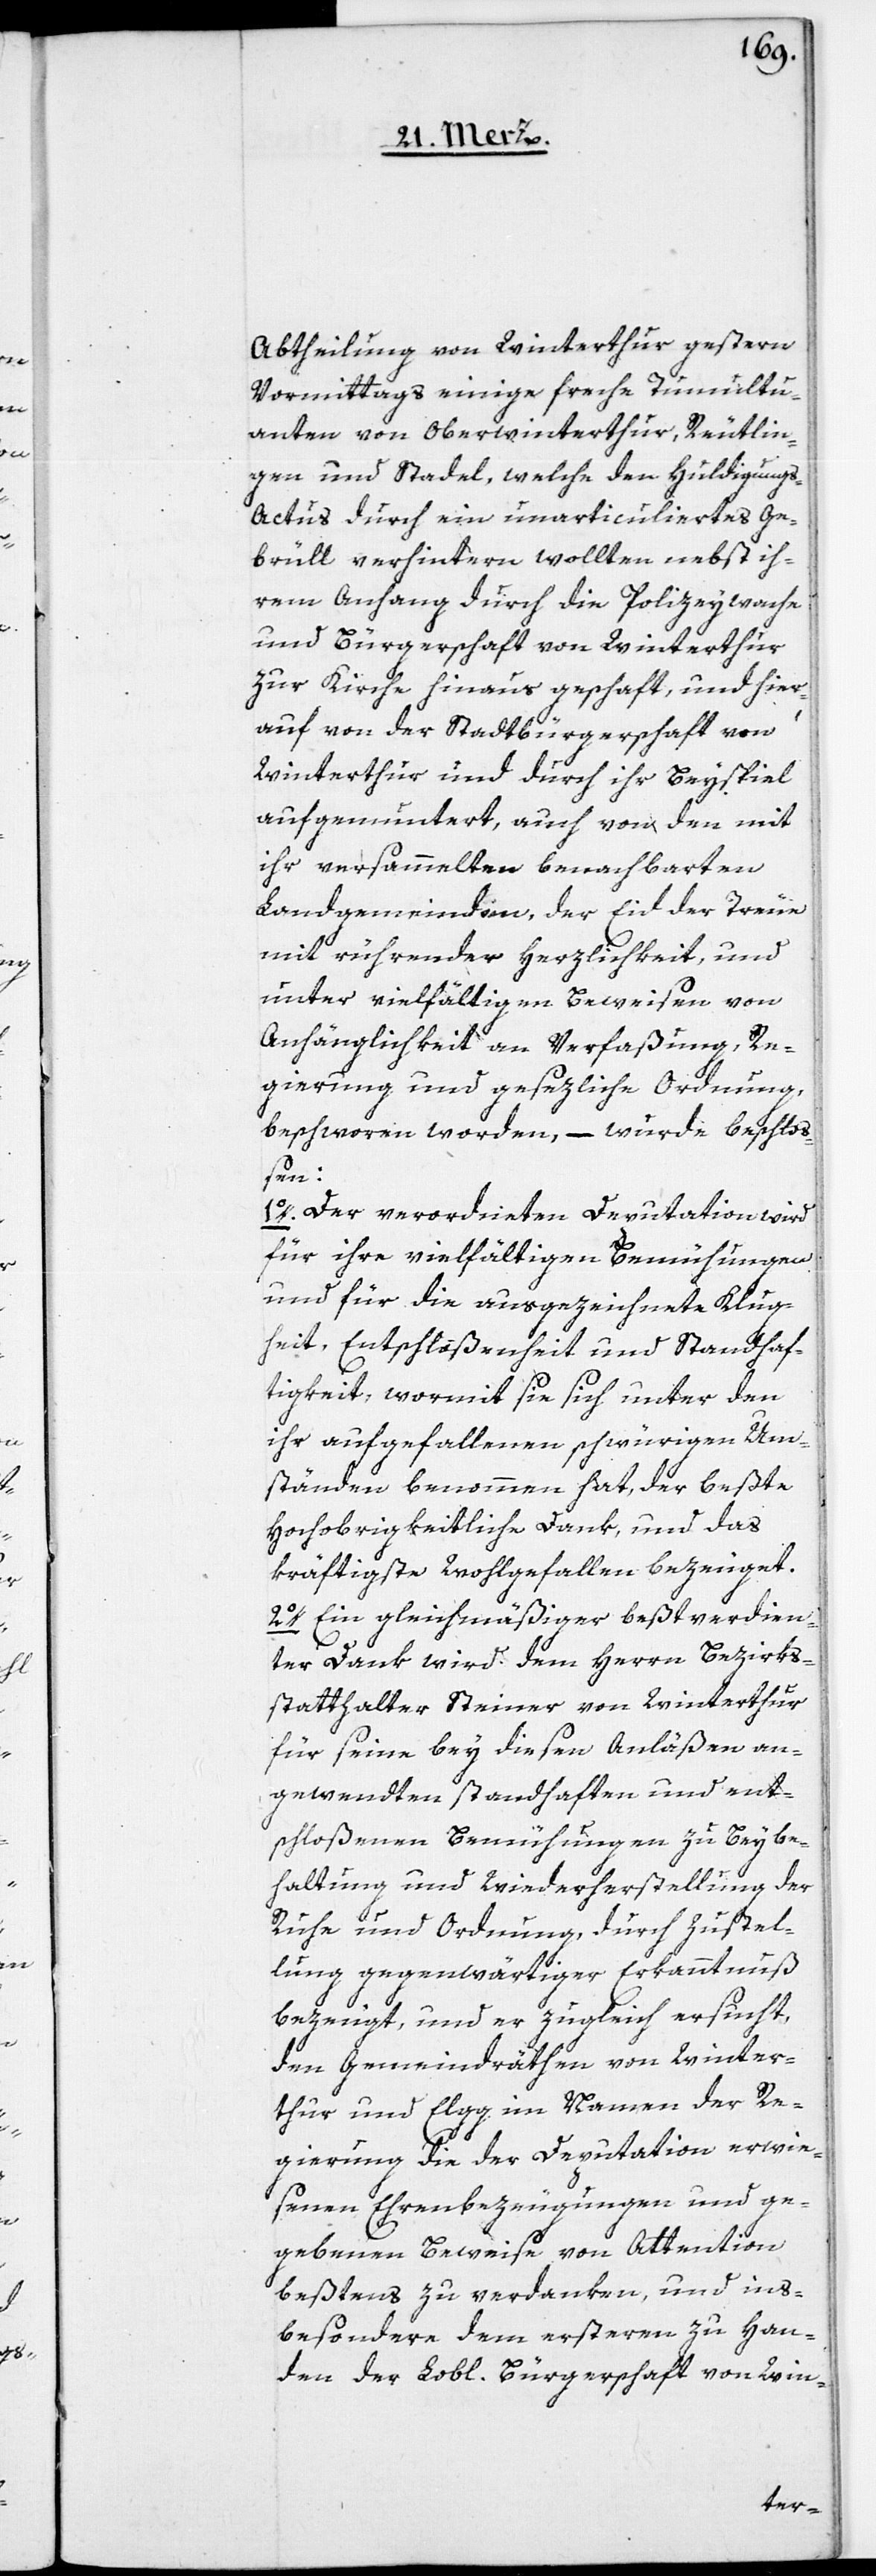
Abtheilung von Winterthur gestern
Vormittags einige freche Tumultu¬
anten von Oberwinterthur, Reutlin¬
gen und Stadel, welche den Huldigung¬
s-Actus durch ein unarticuliertes Ge¬
brüll verhindern wollten nebst ih¬
rem Anhang durch die Polizeywache
und Bürgerschaft von Winterthur
zur Kirche hinaus geschafft, und hier¬
auf von der Stadtbürgerschaft von
Winterthur und durch ihr Beyspiel
aufgemuntert, auch von den mit
ihr versammelten benachbarten
Landgemeinden, der Eid der Treue
mit rührender Herzlichkeit, und
unter vielfältigen Beweisen von
Anhänglichkeit an Verfaßung, Re¬
gierung und gesezliche Ordnung,
beschworen worden, – wurde beschlo¬
ßen:
1o. Der verordneten Deputation wird
für ihre vielfältigen Bemühungen
und für die ausgezeichnete Klug¬
heit, Entschloßenheit und Standhaf¬
tigkeit, womit sich unter den
ihr aufgefallenen schwürigen Um¬
ständen benommen hat, der beßte
Hochobrigkeitliche Dank, und das
kräftigste Wohlgefallen bezeuget.
2o. Ein gleichmäßiger beßtverdien¬
ter Dank wird dem Herrn Bezirks¬
statthalter Steiner von Winterthur
für seine bey diesen Anläßen an¬
gewandten standhaften und ent¬
schloßenen Bemühungen zu Beybe¬
haltung und Wiederherstellung der
Ruhe und Ordnung, durch Zustel¬
lung gegenwärtiger Erkanntnuß
bezeugt, und er zugleich ersucht,
den Gemeindräthen von Winter¬
thur und Elgg im Namen der Re¬
gierung die der Deputation erwie¬
senen Ehrenbezeugungen und ge¬
gebenen Beweise von Attention
beßtens zu verdanken, und in¬
besondere dem ersteren zu Han¬
den der Lobl. Bürgerschaft von Win-